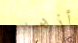
أذهبى